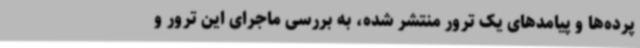
پرده‌ها و پیامدهای یک ترور منتشر شده، به بررسی ماجرای این ترور و